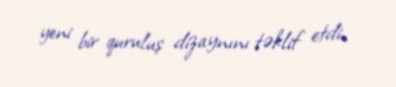
yeni bir quruluş dizaynını təklif etdi.